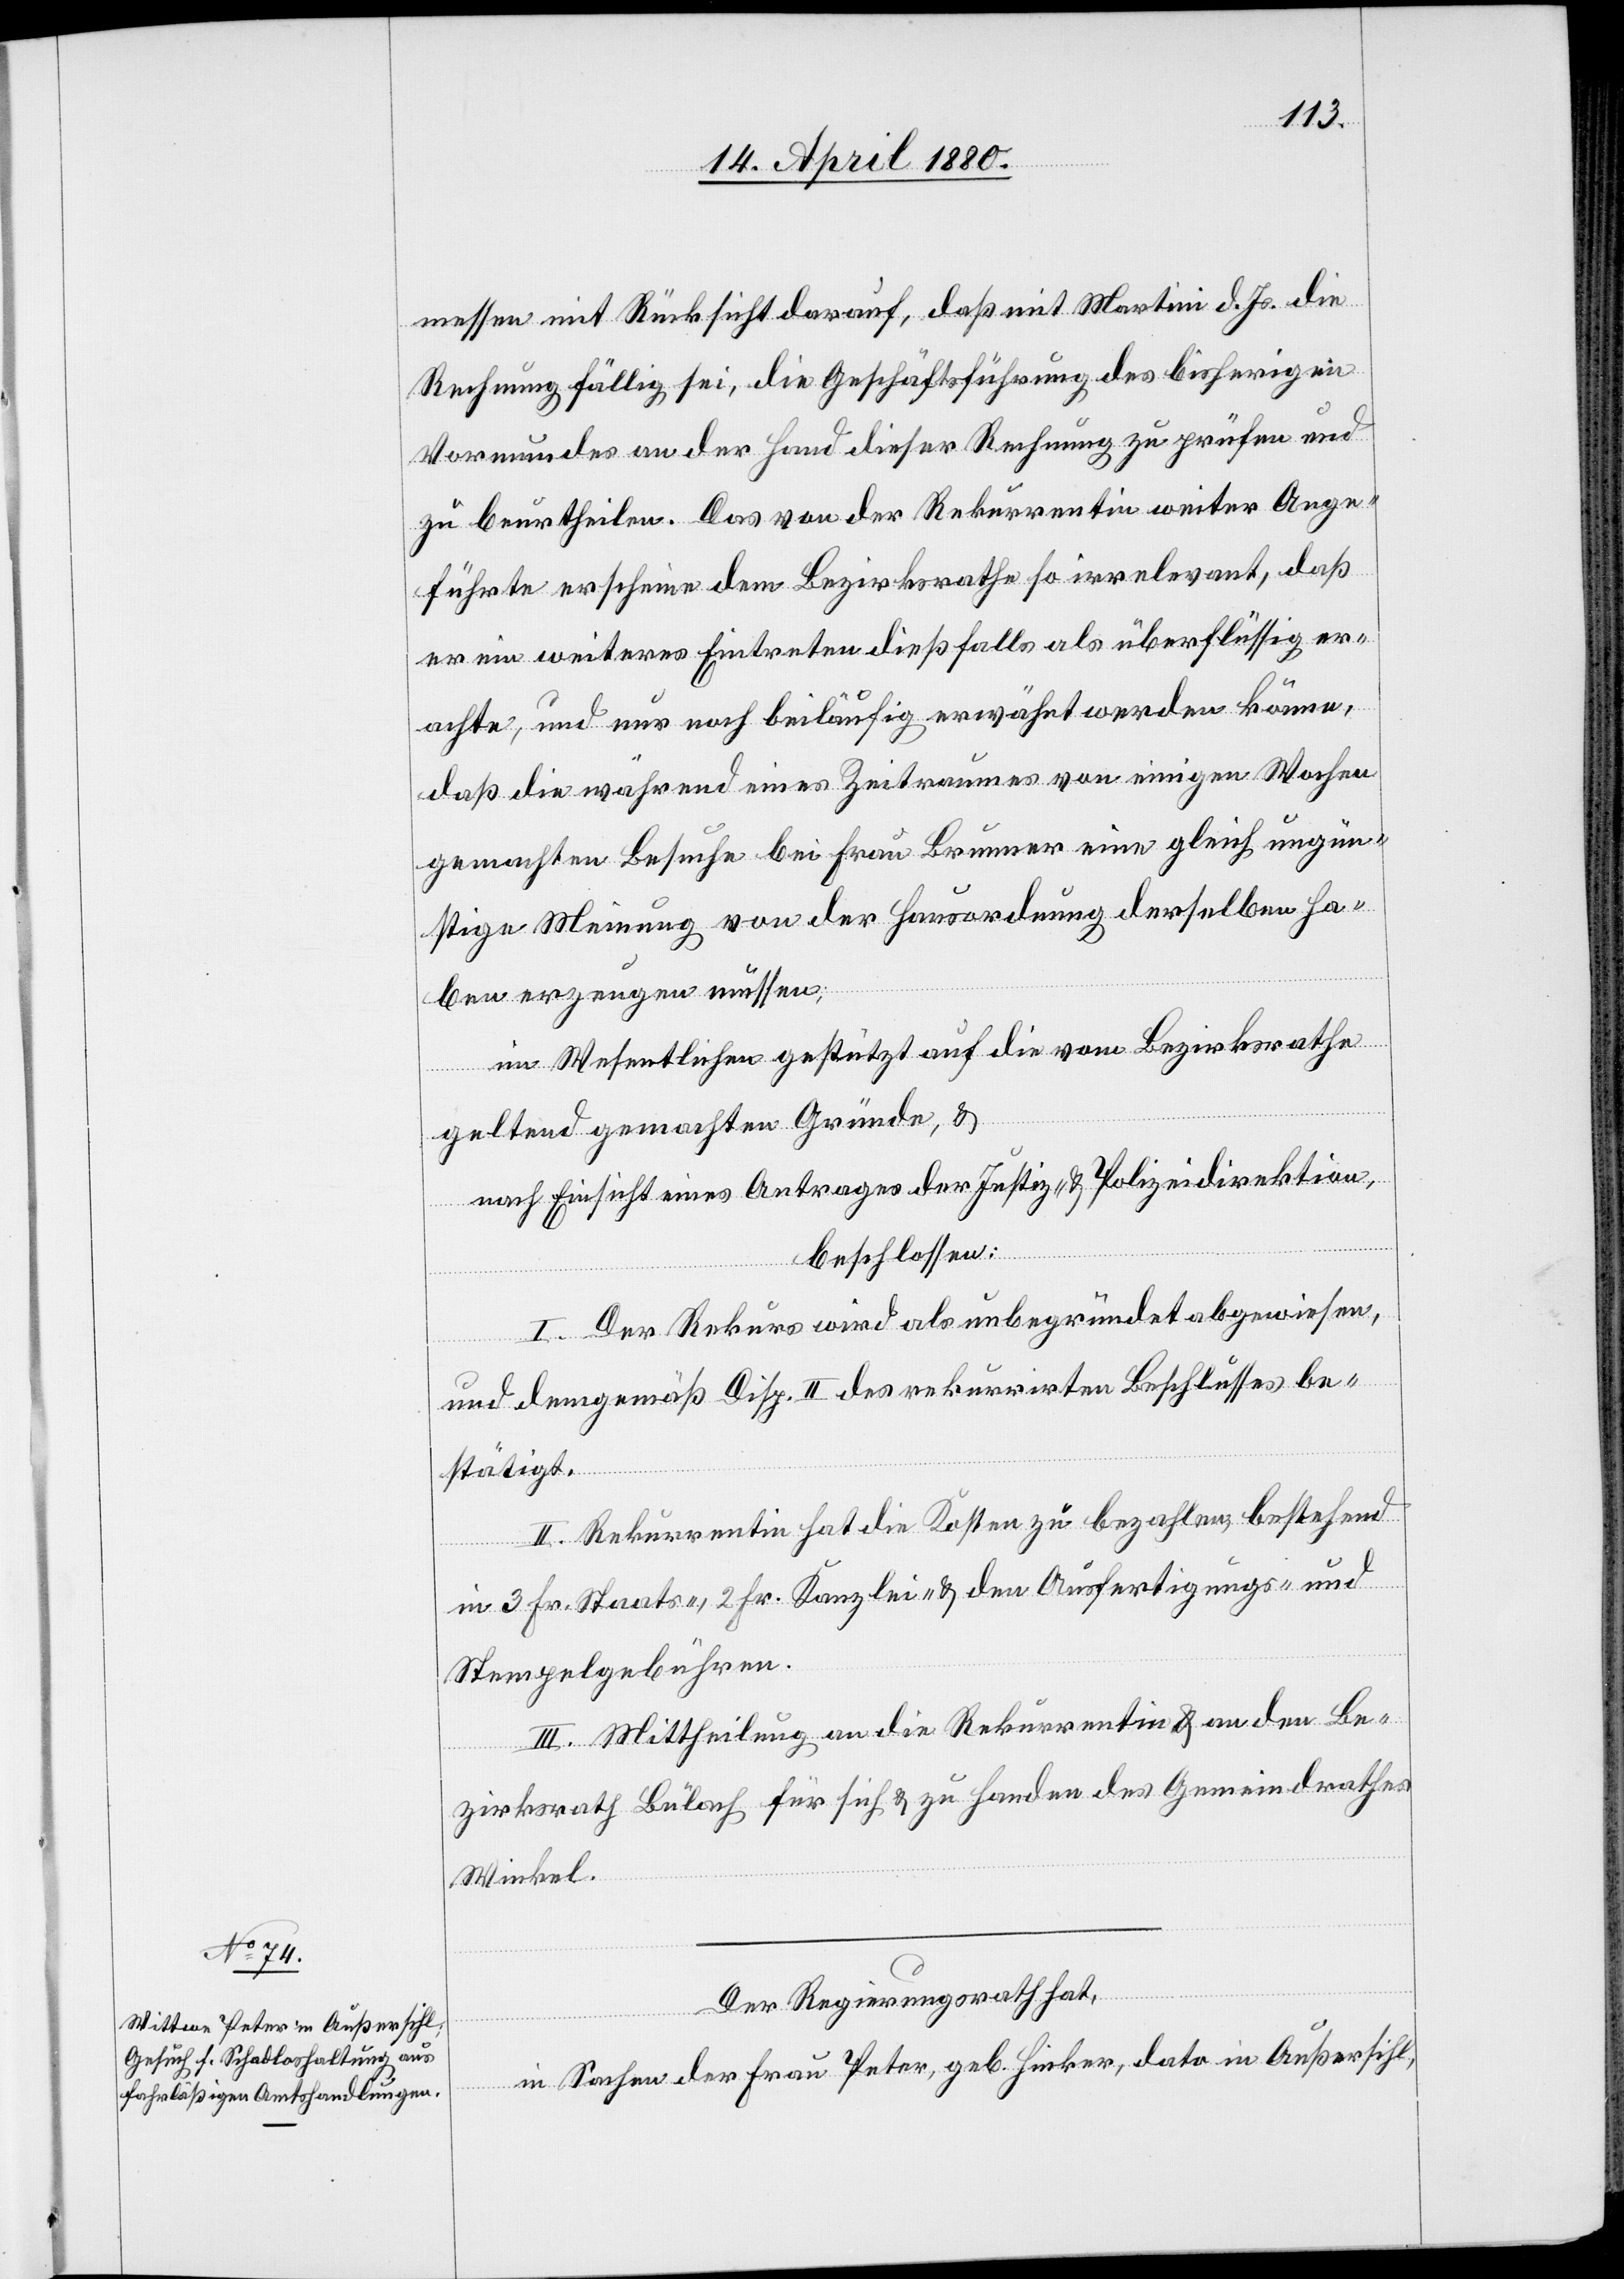
messen mit Rücksicht darauf, daß mit Martini d. Js. die
Rechnung fällig sei, die Geschäftsführung des bisherigen
Vormundes an der Hand dieser Rechnung zu prüfen und
zu beurtheilen. Das von der Rekurrentin weiter Ange¬
führte erscheine dem Bezirksrathe so irrelevant, daß
er ein weiteres Eintreten dießfalls als überflüssig er¬
achte, und nur noch beiläufig erwähnt werden könne,
daß die während eines Zeitraumes von einigen Wochen
gemachten Besuche bei Frau Brunner eine gleich ungün¬
stige Meinung von der Hausordnung derselben ha¬
ben erzeugen müssen;
im Wesentlichen gestützt auf die vom Bezirksrathe
geltend gemachten Gründe &
nach Einsicht eines Antrages der Justiz- & Polizeidirektion,
beschlossen:
I. Der Rekurs wird als unbegründet abgewiesen,
und demgemäß Disp. II des rekurrirten Beschlusses be¬
stätigt.
II. Rekurrentin hat die Kosten zu bezahlen, bestehend
in 3 Fr. Staats-, 2 Fr. Kanzlei- & den Ausfertigungs- und
Stempelgebühren.
III. Mittheilung an die Rekurrentin & an den Be¬
zirksrath Bülach für sich & zu Handen des Gemeindrathes
Winkel.
Der Regierungsrath hat,
in Sachen der Frau Peter, geb. Hinker, dato in Außersihl,